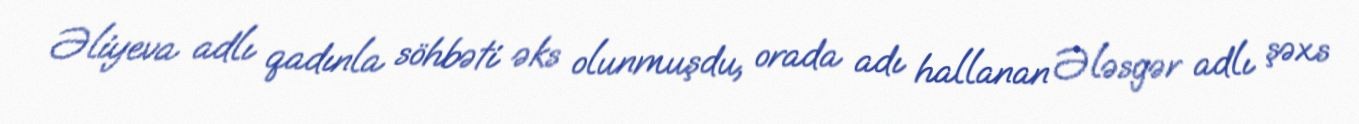
Əliyeva adlı qadınla söhbəti əks olunmuşdu, orada adı hallanan Ələsgər adlı şəxs